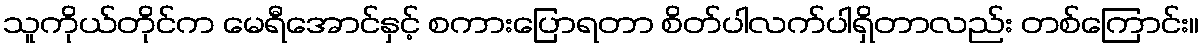
သူကိုယ်တိုင်က မေရီအောင်နှင့် စကားပြောရတာ စိတ်ပါလက်ပါရှိတာလည်း တစ်ကြောင်း။